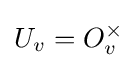
U_{v}=O_{v}^{\times }